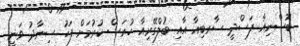
ބޮސްނިއާ ފަސްދީ ސާރބިއާ އާއި ބުލްގޭރިއާ ހުރަސް ކުރުމަށް ފަހު ސިނާދު ވަނީ